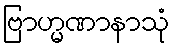
ဗြာဟ္မဏာနာသုံ